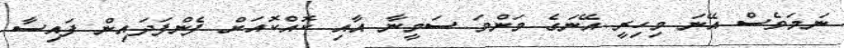
ނަމަވެސް އޭނަ މިހިރީ އޭނަގެ މަންމަ ސަމީނާ އާއި ކޮއްކޮއަށް ފެންފަދައިން ފައިސާ